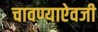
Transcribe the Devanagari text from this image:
चावण्याऐवजी